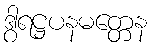
ဒွါရဋ္ဌပနမတ္တေန